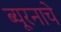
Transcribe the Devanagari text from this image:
ब्यूरनाचे